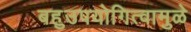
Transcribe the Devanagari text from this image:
बहुउपयोगित्वामुळे